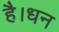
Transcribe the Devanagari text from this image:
है।धन